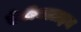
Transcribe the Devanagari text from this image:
एंटीक्लाइन